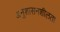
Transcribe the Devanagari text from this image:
अनुशासनशीलता